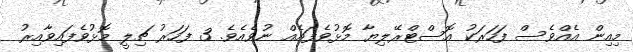
މިއިން އެއްވެސް ފަހަރަކު އޮސްޓްރޭލިޔާ މޮޅުވެފައެއް ނުވެއެވެ. 3 ފަހަރު ޗިލީ މޮޅުވެފައިވާއިރު